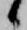
候